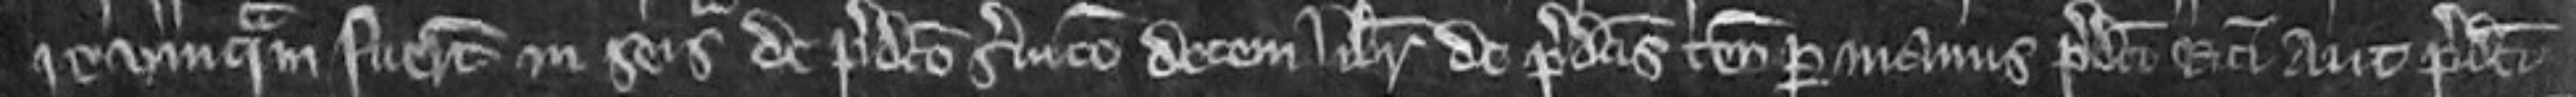
re umquam fuerunt in seisina de predicto servicio decem librarum de predictis tenementis per manus predicti Ricardi aut predicti